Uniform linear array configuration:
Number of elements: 48
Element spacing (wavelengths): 0.75
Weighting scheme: hann
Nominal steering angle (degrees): -30
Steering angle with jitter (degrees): -30.574
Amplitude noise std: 0.05
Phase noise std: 0.05

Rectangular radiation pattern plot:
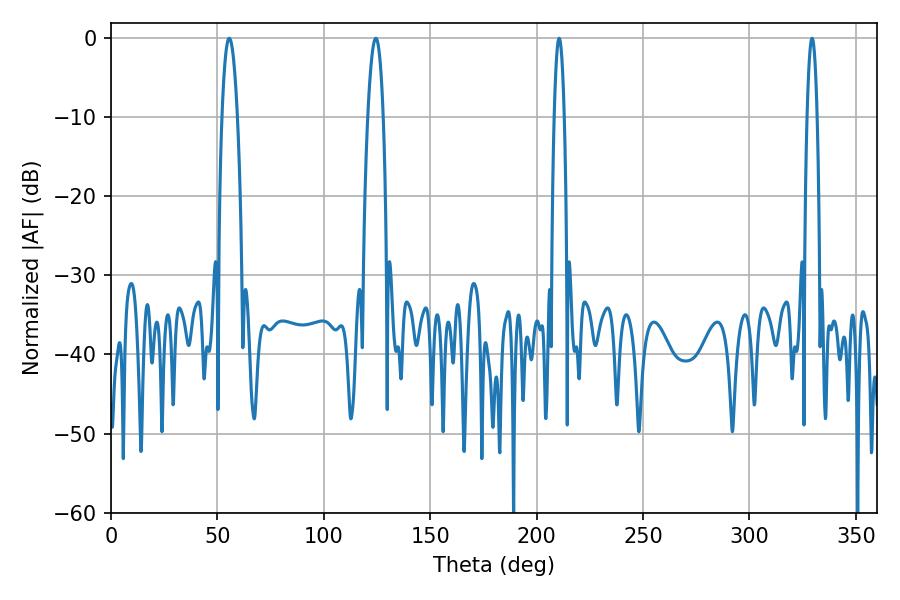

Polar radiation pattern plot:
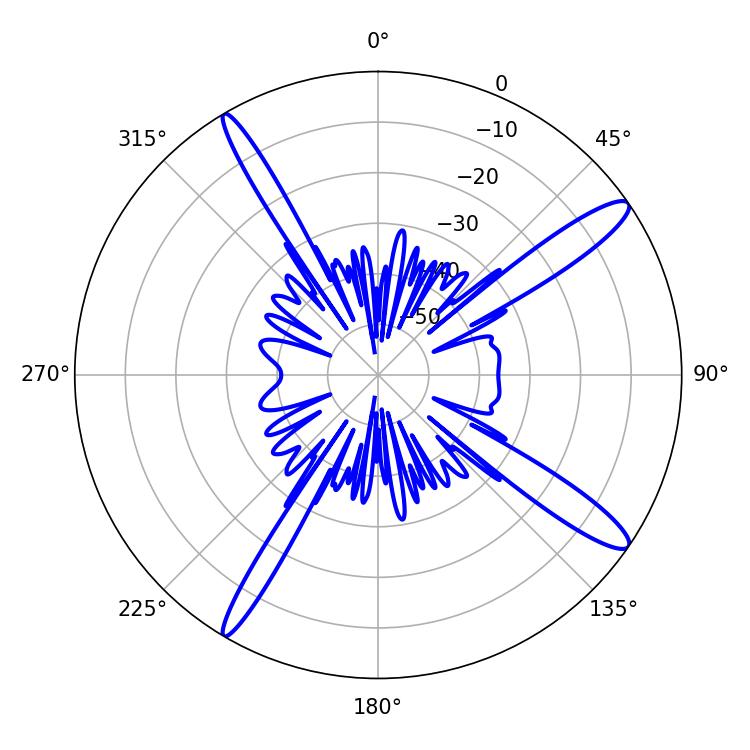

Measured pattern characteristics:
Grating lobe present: TRUE
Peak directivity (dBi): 14.277
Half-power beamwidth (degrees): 2.52
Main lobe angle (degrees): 210.6